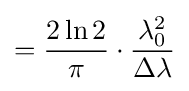
={\frac {2\ln 2}{\pi }}\cdot {\frac {\lambda _{0}^{2}}{\Delta \lambda }}